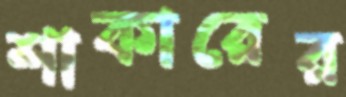
শাকারের